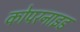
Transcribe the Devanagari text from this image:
कोपरनाइड